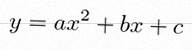
y=ax^2+bx+c